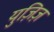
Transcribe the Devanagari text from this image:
युज़िज़